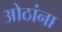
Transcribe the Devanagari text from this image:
ओठांना